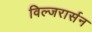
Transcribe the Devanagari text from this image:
विल्जरार्सन